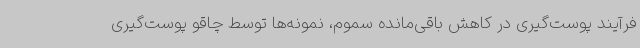
فرآیند پوست‌گیری در کاهش باقی‌مانده سموم، نمونه‌ها توسط چاقو پوست‌گیری